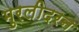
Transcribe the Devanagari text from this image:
मुरलीदरन